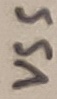
Text: VSS